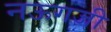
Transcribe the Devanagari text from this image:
नऊगजी